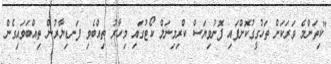
"ކިތަންމެ ވަރަކަށް ތަހުގީގުކޮށްފައި ފޮނުވިޔަސް ކްރިމިނަލް ކޯޓުގައި މިހާރު ތިއްބެވި ފަނޑިޔާރުން ތިއްބަވައިގެން